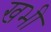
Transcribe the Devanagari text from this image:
खभी